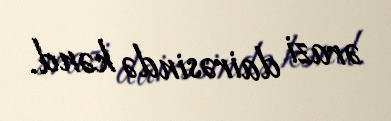
ərazi dairəsində kənd.